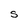
Character: S